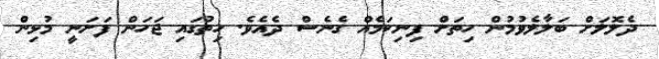
ދެލޮލަށް ބަލާލެވުމުން ހިތަށް ފިނިކަމެއް ގެނެސް ދެއެވެ. ހިތުގައި ޖަހަން ފަށަނީ މުޅިން